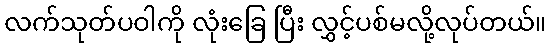
လက်သုတ်ပဝါကို လုံးခြေ ပြီး လွှင့်ပစ်မလို့လုပ်တယ်။